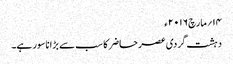
۱۴؍مارچ ۲۰۱۶ء
دہشت گردی عصر حاضر کا سب سے بڑا ناسور ہے۔